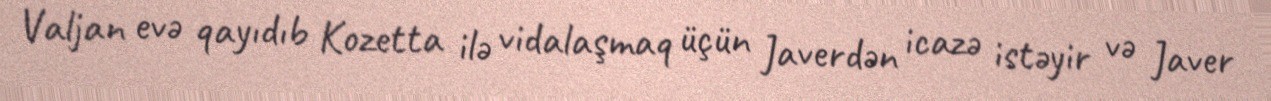
Valjan evə qayıdıb Kozetta ilə vidalaşmaq üçün Javerdən icazə istəyir və Javer